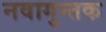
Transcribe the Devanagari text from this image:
नवागुन्तक